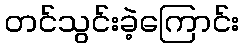
တင်သွင်းခဲ့ကြောင်း